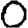
Digit: 0